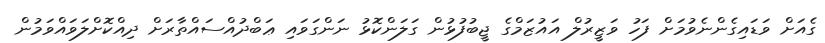
ގެއަށް ވަޑައިގެންނެވުމަށް ފަހު ވަޒީރުލް އައުޒަމްގެ ޖީބުފުޅުން ގަލަންކޮޅު ނަންގަވައި ޢަބްދުއްސައްތާރަށް ދިއްކޮށްލަވައްވަމުން